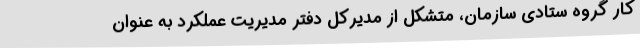
کار گروه ستادی سازمان، متشکل از مدیرکل دفتر مدیریت عملکرد به عنوان